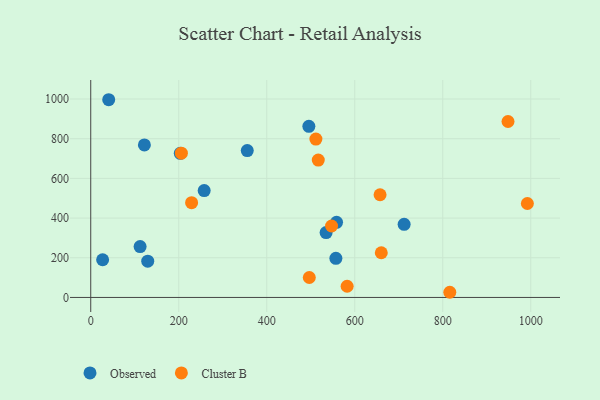
{"axis": {"x": "Experience", "y": "Yield"}, "legend": ["Cluster B", "Observed"], "data": [{"x": "355.7", "y": 740.3, "type": "Observed"}, {"x": "558.6", "y": 378.7, "type": "Observed"}, {"x": "534.9", "y": 327.0, "type": "Observed"}, {"x": "557.1", "y": 197.2, "type": "Observed"}, {"x": "203.5", "y": 726.2, "type": "Observed"}, {"x": "40.8", "y": 996.5, "type": "Observed"}, {"x": "257.8", "y": 538.6, "type": "Observed"}, {"x": "112.2", "y": 256.6, "type": "Observed"}, {"x": "121.9", "y": 768.7, "type": "Observed"}, {"x": "495.7", "y": 862.5, "type": "Observed"}, {"x": "129.5", "y": 182.6, "type": "Observed"}, {"x": "27.0", "y": 190.0, "type": "Observed"}, {"x": "712.2", "y": 368.4, "type": "Observed"}, {"x": "229.2", "y": 477.7, "type": "Cluster B"}, {"x": "496.7", "y": 100.5, "type": "Cluster B"}, {"x": "816.0", "y": 26.1, "type": "Cluster B"}, {"x": "948.3", "y": 886.8, "type": "Cluster B"}, {"x": "206.0", "y": 727.0, "type": "Cluster B"}, {"x": "517.1", "y": 692.4, "type": "Cluster B"}, {"x": "547.3", "y": 360.2, "type": "Cluster B"}, {"x": "657.5", "y": 517.5, "type": "Cluster B"}, {"x": "660.3", "y": 225.3, "type": "Cluster B"}, {"x": "992.3", "y": 473.4, "type": "Cluster B"}, {"x": "511.7", "y": 798.3, "type": "Cluster B"}, {"x": "582.7", "y": 56.4, "type": "Cluster B"}]}